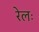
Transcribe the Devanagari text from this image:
रेलः